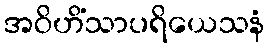
အဝိဟိံသာပရိယေသနံ